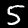
Label: 5